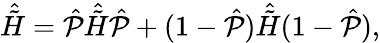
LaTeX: \hat{\tilde{H}}=\hat{\mathcal{P}}\hat{\tilde{H}}\hat{\mathcal{P}}+(1-\hat{\mathcal{P}})\hat{\tilde{H}}(1-\hat{\mathcal{P}}),